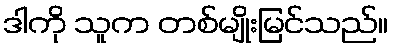
ဒါကို သူက တစ်မျိုးမြင်သည်။